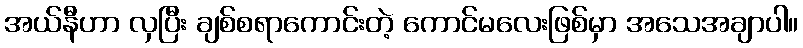
အယ်နီဟာ လှပြီး ချစ်စရာကောင်းတဲ့ ကောင်မလေးဖြစ်မှာ အသေအချာပါ။